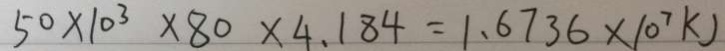
5 0 \times 1 0 ^ { 3 } \times 8 0 \times 4 . 1 8 4 = 1 . 6 7 3 6 \times 1 0 ^ { 7 } k )